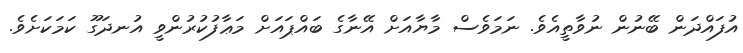
އުފައްދަން ބޭނުން ނުވާތީއެވެ. ނަމަވެސް މާޔާއަށް އޭނާގެ ބައްޕައަށް މަޢާފުކުރުންވީ އުނދަގޫ ކަމަކަށެވެ.